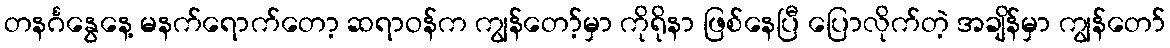
တနင်္ဂနွေနေ့ မနက်ရောက်တော့ ဆရာဝန်က ကျွန်တော့်မှာ ကိုရိုနာ ဖြစ်နေပြီ ပြောလိုက်တဲ့ အချိန်မှာ ကျွန်တော်